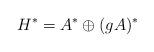
LaTeX: \begin{align*}H^*=A^* \oplus (gA)^*\end{align*}